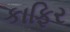
કાફિર